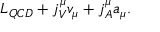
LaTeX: { \cal L } _ { Q C D } + j _ { V } ^ { \mu } v _ { \mu } + j _ { A } ^ { \mu } a _ { \mu } .